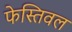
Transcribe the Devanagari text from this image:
फेस्तिवल